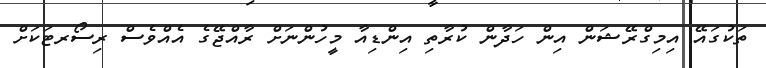
ތަކުގައޭ އިމިގްރޭޝަން އިން ހަދާން ކުރާތި އިންޑިއާ މީހުންނަށް ރާއްޖޭގެ އެއްވެސް ރިސޯރޓަކަށް